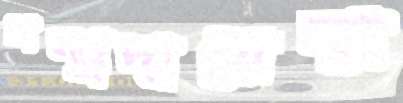
সম্প্র্রদায়ের